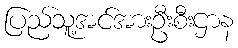
ပြည်သူ့အင်အားဦးစီးဌာန